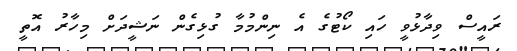
ރައީސް ވިދާޅުވީ ހައި ކޯޓުގެ އެ ނިންމުމާ ގުޅިގެން ނަޝީދަށް މިހާރު އޮތީ